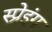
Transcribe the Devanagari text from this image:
स्प्रेइंग